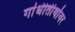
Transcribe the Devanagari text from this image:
गांधीतीर्थावर